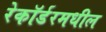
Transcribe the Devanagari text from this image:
रेकॉर्डरमधील